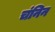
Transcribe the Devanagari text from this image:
चंनिन